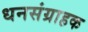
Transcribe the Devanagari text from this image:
धनसंग्राहक